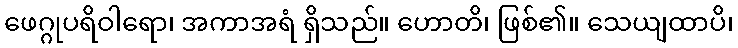
ဖေဂ္ဂုပရိဝါရော၊ အကာအရံ ရှိသည်။ ဟောတိ၊ ဖြစ်၏။ သေယျထာပိ၊